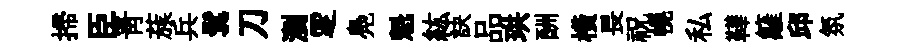
掃臣青蔟兵鬂刀瀏覂鳧魁紘訣品珙酬橫畏祝幌私鞾籬邱氛